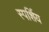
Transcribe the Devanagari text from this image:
स्पर्शिय